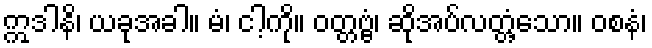
ဣဒါနိ၊ ယခုအခါ။ မံ၊ ငါ့ကို။ ဝတ္တဗ္ဗံ၊ ဆိုအပ်လတ္တံ့သော။ ဝစနံ၊